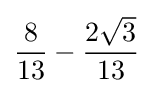
{\frac {8}{13}}-{\frac {2{\sqrt {3}}}{13}}